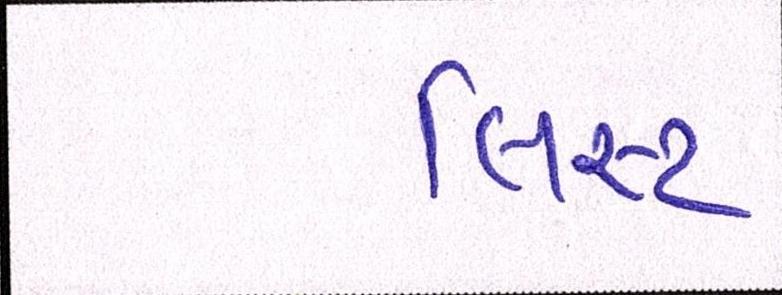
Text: લિસ્ટ